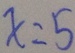
x = 5